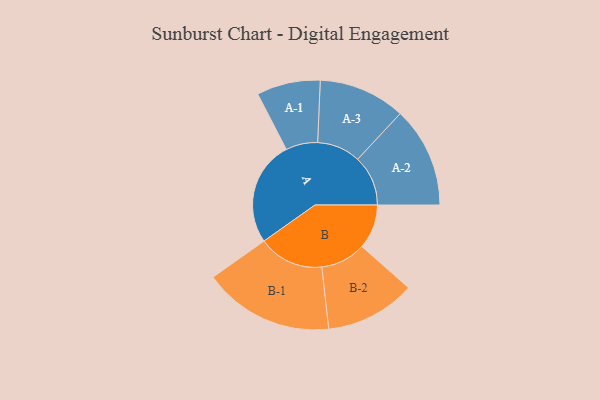
{"axis": {"x": "Segment", "y": "Value"}, "legend": ["", "A", "B"], "data": [{"x": "A", "y": 425, "type": ""}, {"x": "B", "y": 180, "type": ""}, {"x": "A-1", "y": 129, "type": "A"}, {"x": "A-2", "y": 204, "type": "A"}, {"x": "A-3", "y": 176, "type": "A"}, {"x": "B-1", "y": 265, "type": "B"}, {"x": "B-2", "y": 183, "type": "B"}]}